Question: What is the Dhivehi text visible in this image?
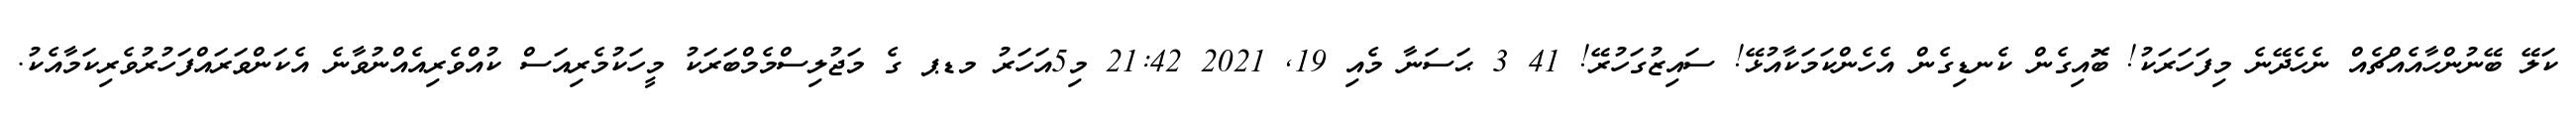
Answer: ކަލޭ ބޭނުންހާއެއްޗެއް ނެހެދޭނެ މިފަހަރަކު! ބޮއިގެން ކެނޑިގެން އެހެންކަމަކާއުޅޭ! ސައިޒުގަހުރޭ! 41 3 ޙަސަނާ މެއި 19, 2021 21:42 މި5އަހަރު މޑޕ ގެ މަޖުލިސްމެމްބަރަކު މީހަކުމެރިއަސް ކުއްވެރިއެއްނުވާނެ އެކަންވަރައްފަހުރުވެރިކަމާއެކު.